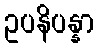
ဥပနိပန္နာ